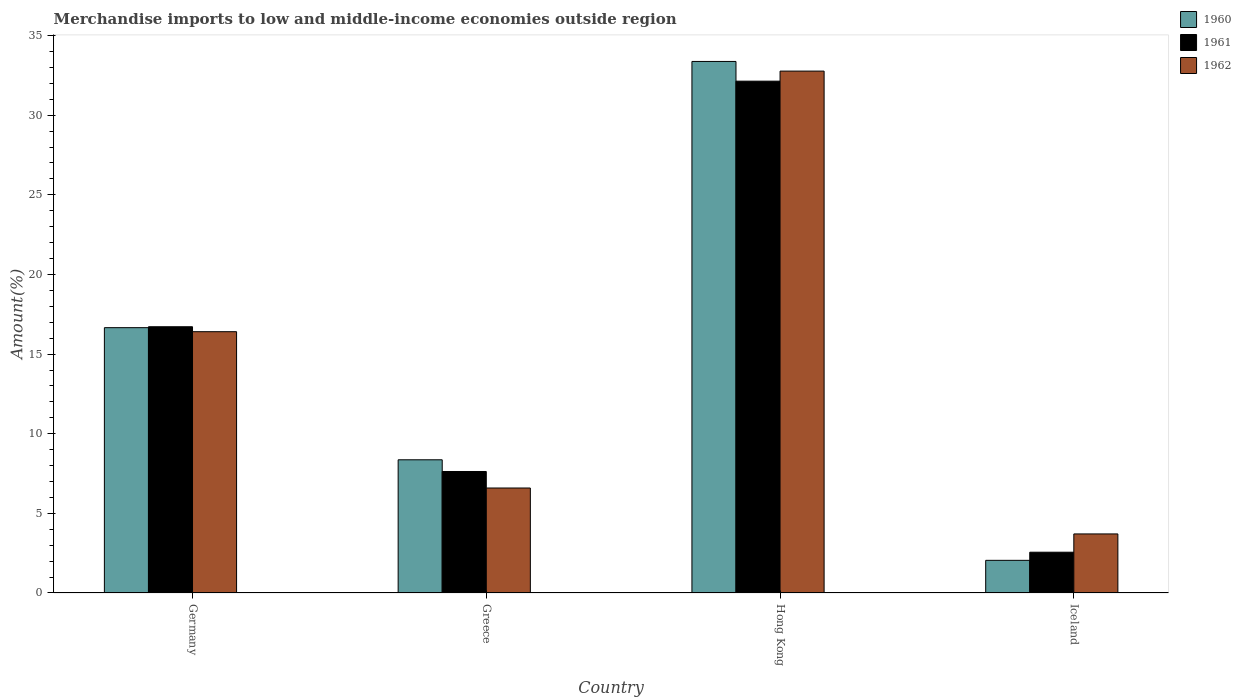
| Country | 1960 | 1961 | 1962 |
 | --- | --- | --- | --- |
 | Germany | 16.7 | 16.7 | 16.4 |
 | Greece | 8.36 | 7.63 | 6.59 |
 | Hong Kong | 33.4 | 32.1 | 32.8 |
 | Iceland | 2.05 | 2.56 | 3.71 |